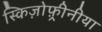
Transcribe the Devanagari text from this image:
स्किज़ोफ़्रीनीया